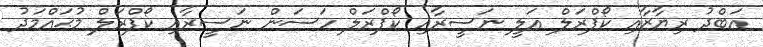
އަބްދު ރިޔާޒާއި ކޯޕްރަލް އަލީ ނަސީރާއި ކޯޕްރަލް ހަސަން ނަސީރާއި ކޯޕްރަލް މުޙައްމަދު